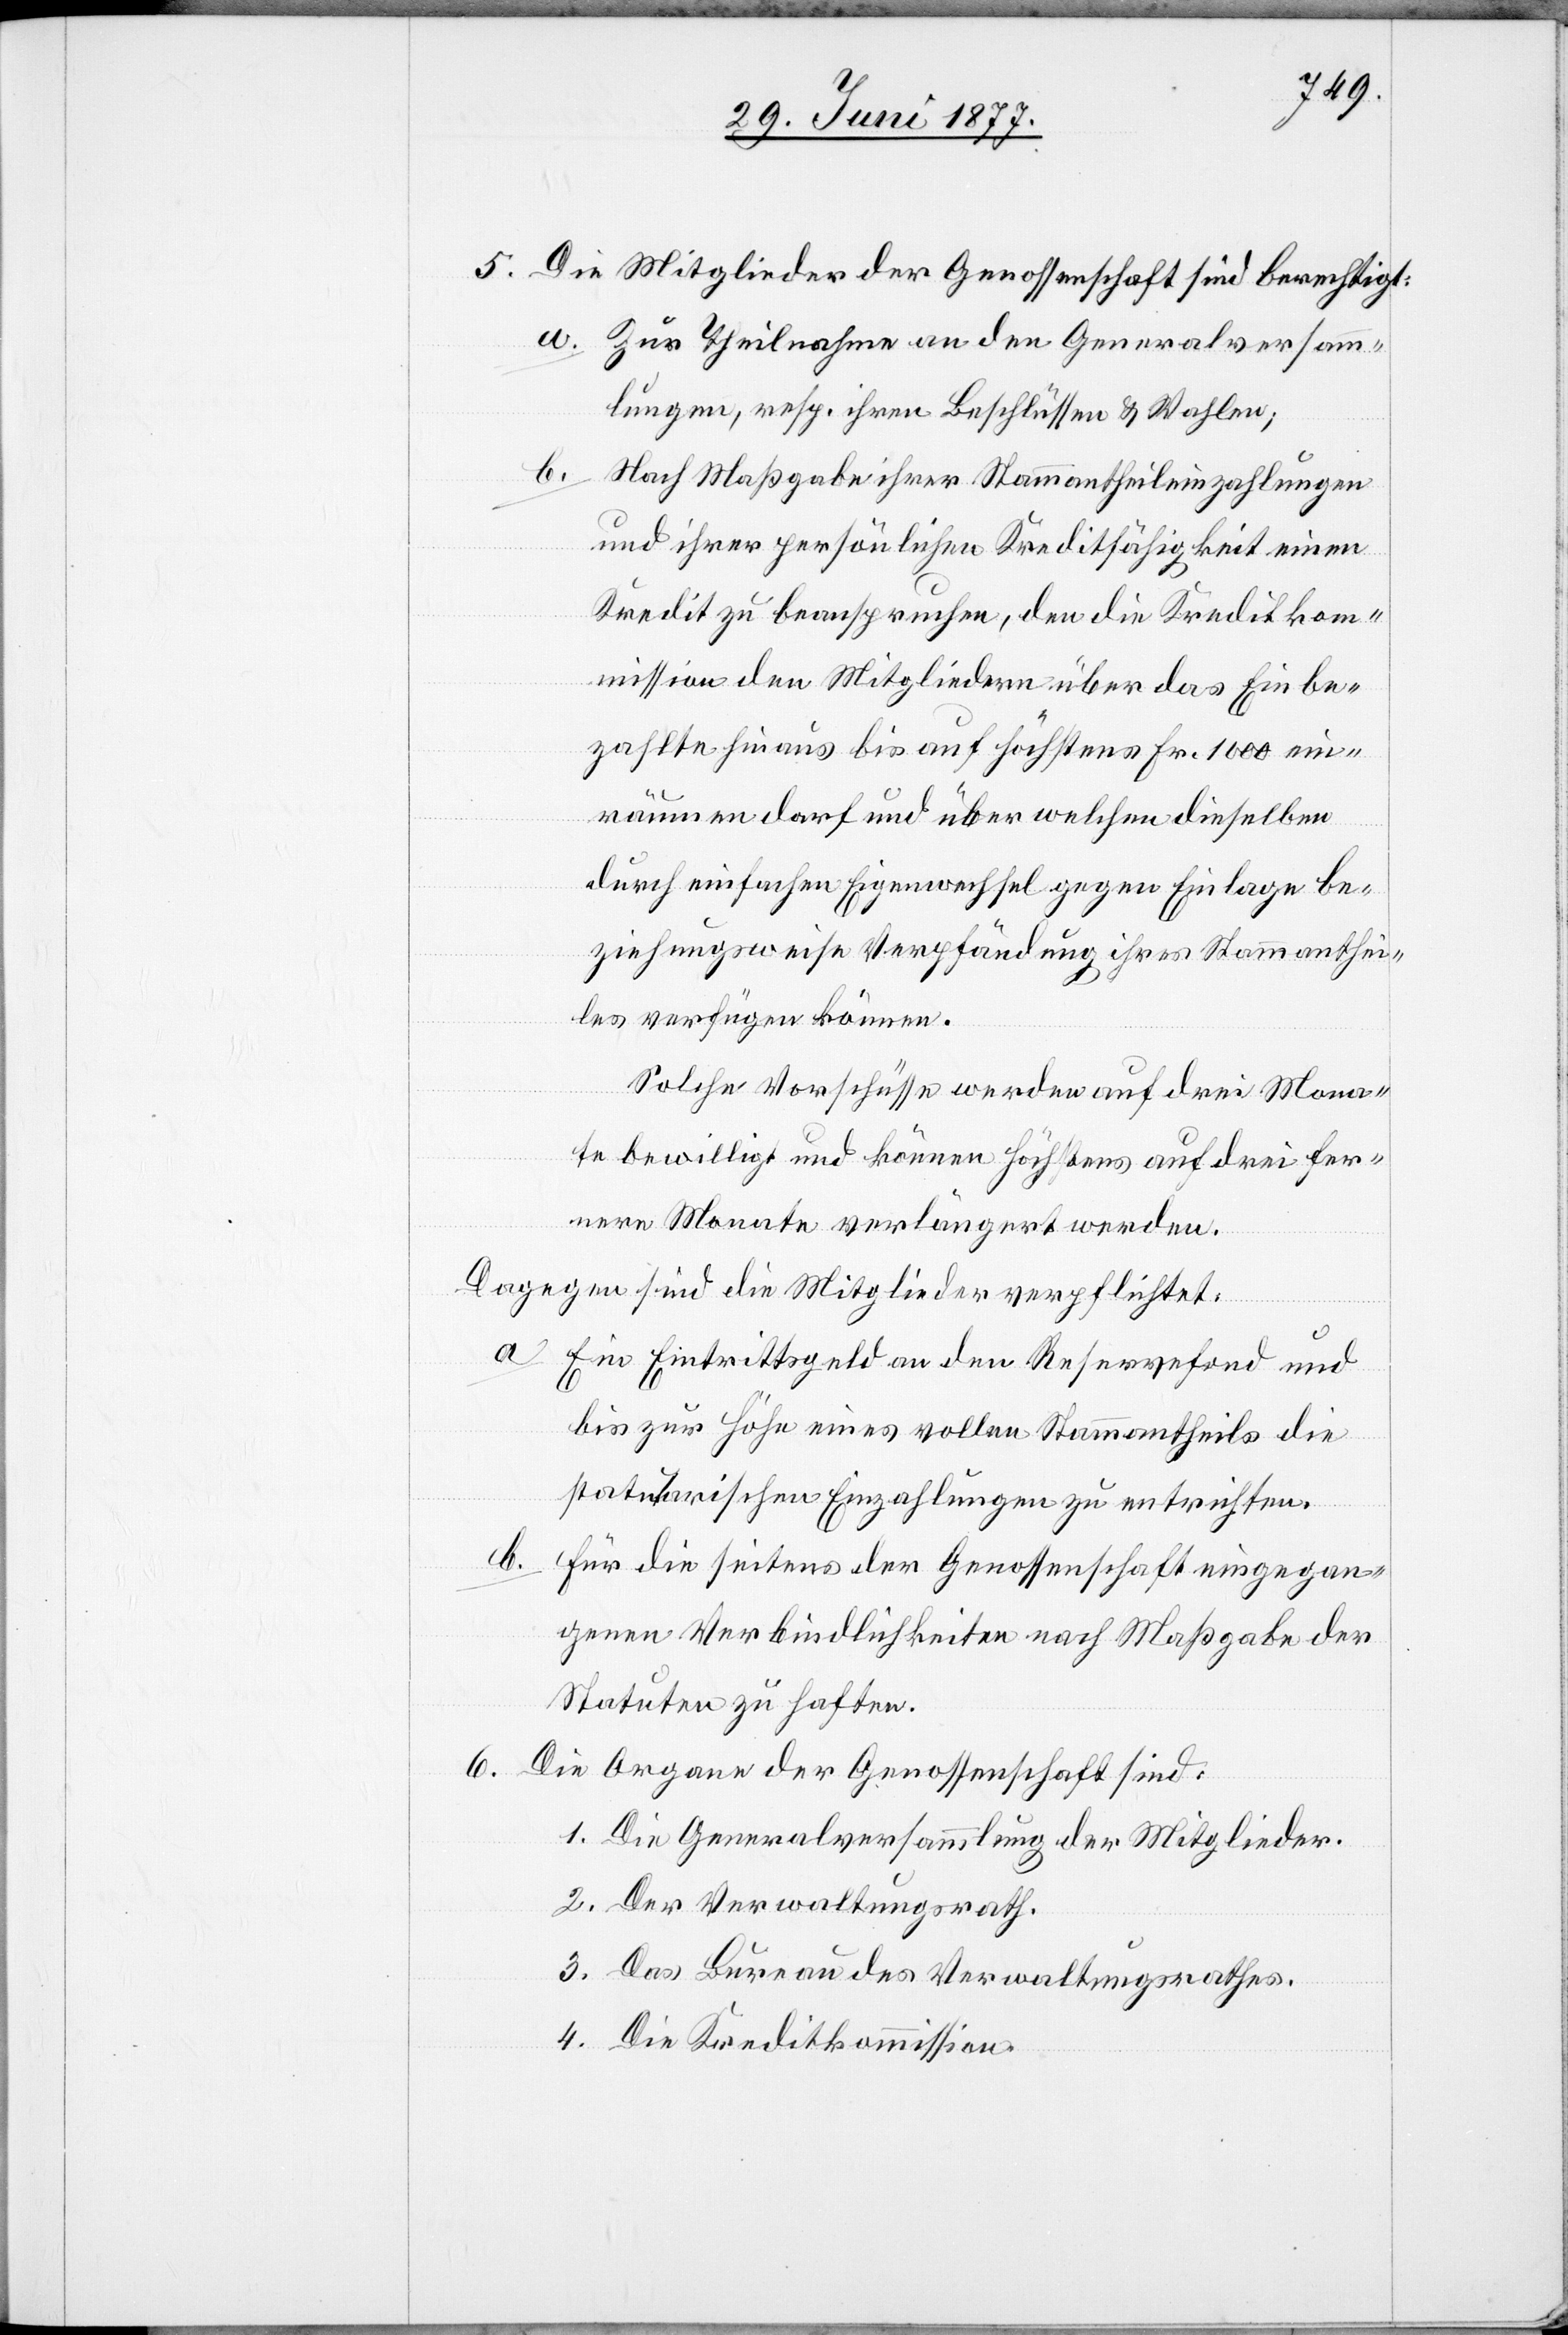
6.

5. Die Mitglieder der Genossenschaft sind berechtigt:
a. Zur Theilnahme an den Generalversamm¬
lungen, resp. ihren Beschlüssen & Wahlen;
b. Nach Maßgabe ihrer Stammantheileinzahlungen
und ihrer persönlichen Kreditfähigkeit einen
Kredit zu beanspruchen, den die Kreditkom¬
mission den Mitgliedern über das Einbe¬
zahlte hinaus bis auf höchstens Fr. 1000 ein¬
räumen darf und über welchen dieselbe
durch einfachen Eigenwechsel gegen Einlage be¬
ziehungsweise Verpfändung ihres Stammanthei¬
les verfügen können.
Solche Vorschüsse werden auf drei Mona¬
te bewilligt und können höchstens auf drei fer¬
nere Monate verlängert werden.
Dagegen sind die Mitglieder verpflichtet:
a. Ein Eintrittsgeld an den Reservefond und
bis zur Höhe eines vollen Stammantheils die
statuarischen Einzahlungen zu entrichten.
b. Für die seitens der Genossenschaft eingegan¬
genen Verbindlichkeiten nach Maßgabe der
Statuten zu haften.
Die Organe der Genossenschaft sind:
1. Die Generalversammlung der Mitglieder.
2. Der Verwaltungsrath.
3. Das Bureau der Verwaltungsrathes.
4. Die Kreditkommission.